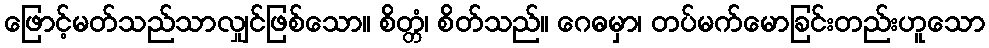
ဖြောင့်မတ်သည်သာလျှင်ဖြစ်သော။ စိတ္တံ၊ စိတ်သည်။ ဂေဓမှာ၊ တပ်မက်မောခြင်းတည်းဟူသော